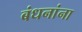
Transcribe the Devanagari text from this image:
बंधनांना